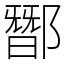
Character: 䣟